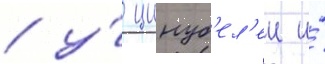
/ у́ цинуб'ел'еи и́